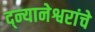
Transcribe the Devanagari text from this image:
द्न्यानेश्वरांचे